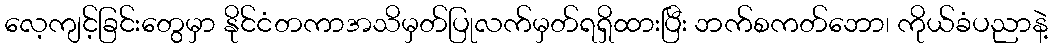
လေ့ကျင့်ခြင်းတွေမှာ နိုင်ငံတကာအသိမှတ်ပြုလက်မှတ်ရရှိထားပြီး ဘက်စကတ်ဘော၊ ကိုယ်ခံပညာနဲ့